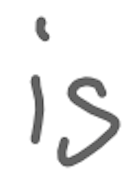
Text: is
Cross-out: clean
Writing tool: digital_gray